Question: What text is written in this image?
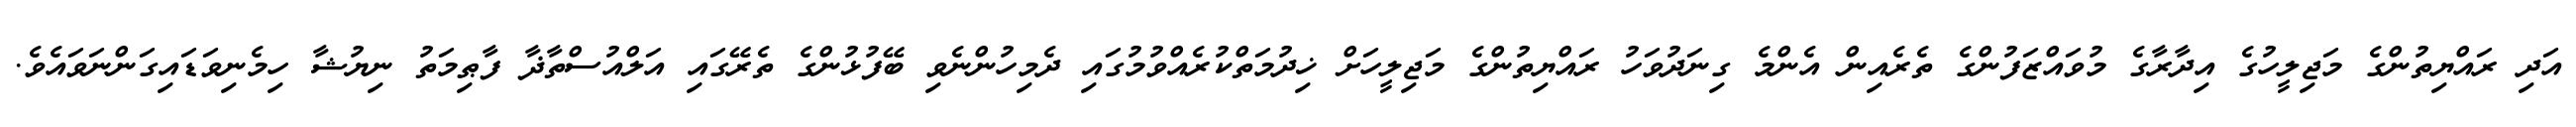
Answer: އަދި ރައްޔިތުންގެ މަޖިލީހުގެ އިދާރާގެ މުވައްޒަފުންގެ ތެރެއިން އެންމެ ގިނަދުވަހު ރައްޔިތުންގެ މަޖިލީހަށް ޚިދުމަތްކުރެއްވުމުގައި ދެމިހުންނެވި ބޭފުޅުންގެ ތެރޭގައި އަލްއުސްތާޛާ ފާޠިމަތު ނިޔުޝާ ހިމެނިވަޑައިގަންނަވައެވެ.